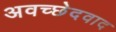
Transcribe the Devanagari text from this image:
अवच्छेदवाद